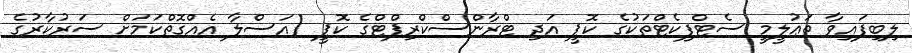
ލިބިފައިވާ ތަޢުލީމީ ސެޓްފިކެޓްތަކުގެ ކޮޕީ އަދި ޓްރާންސްކްރިޕްޓްގެ ކޮޕީ (އަސްލާ އެއްގޮތްކަމަށް ސަރުކާރުގެ